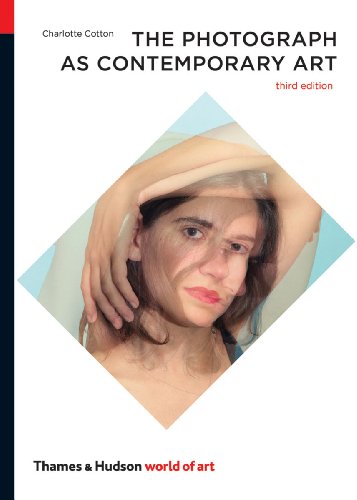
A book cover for The Photograph as Contemporary Art (World of Art); Charlotte Cotton; Arts & Photography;